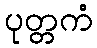
ပုတ္တကံ